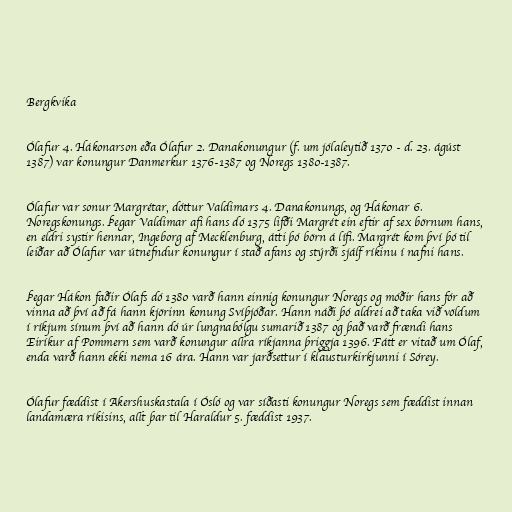
Bergkvika

Ólafur 4. Hákonarson eða Ólafur 2. Danakonungur (f. um jólaleytið 1370 - d. 23. ágúst
1387) var konungur Danmerkur 1376-1387 og Noregs 1380-1387.

Ólafur var sonur Margrétar, dóttur Valdimars 4. Danakonungs, og Hákonar 6.
Noregskonungs. Þegar Valdimar afi hans dó 1375 lifði Margrét ein eftir af sex börnum hans,
en eldri systir hennar, Ingeborg af Mecklenburg, átti þó börn á lífi. Margrét kom því þó til
leiðar að Ólafur var útnefndur konungur í stað afans og stýrði sjálf ríkinu í nafni hans.

Þegar Hákon faðir Ólafs dó 1380 varð hann einnig konungur Noregs og móðir hans fór að
vinna að því að fá hann kjörinn konung Svíþjóðar. Hann náði þó aldrei að taka við völdum
í ríkjum sínum því að hann dó úr lungnabólgu sumarið 1387 og það varð frændi hans
Eiríkur af Pommern sem varð konungur allra ríkjanna þriggja 1396. Fátt er vitað um Ólaf,
enda varð hann ekki nema 16 ára. Hann var jarðsettur í klausturkirkjunni í Sórey.

Ólafur fæddist í Akershuskastala í Ósló og var síðasti konungur Noregs sem fæddist innan
landamæra ríkisins, allt þar til Haraldur 5. fæddist 1937.